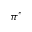
\pi ^ { * }